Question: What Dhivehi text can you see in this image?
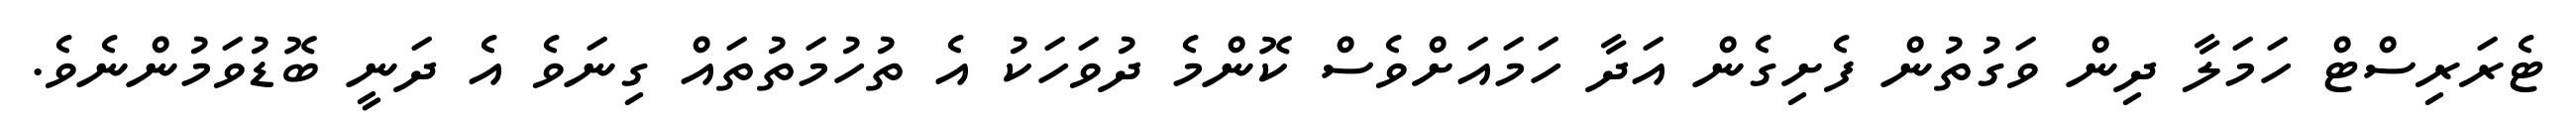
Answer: ޓެރަރިސްޓް ހަމަލާ ދިން ވަގުތުން ފެށިގެން އަދާ ހަމައަށްވެސް ކޮންމެ ދުވަހަކު އެ ތުހުމަތުތައް ގިނަވެ އެ ދަނީ ބޮޑުވަމުންނެވެ.